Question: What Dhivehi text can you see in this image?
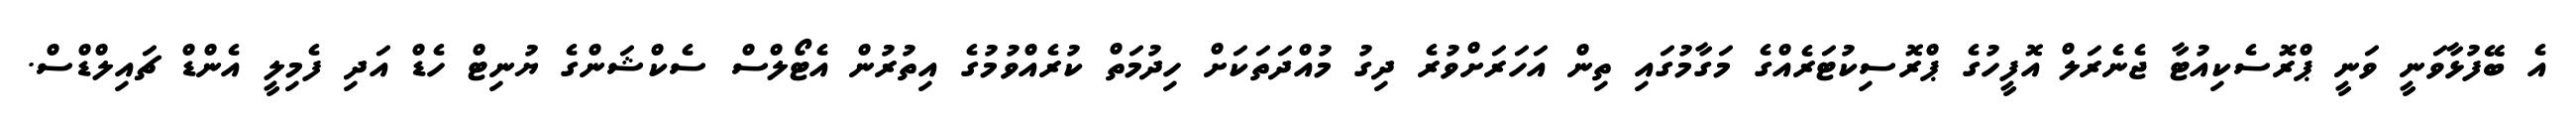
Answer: އެ ބޭފުޅާވަނީ ވަނީ ޕްރޮސެކިއުޓާ ޖެނެރަލް އޮފީހުގެ ޕްރޮސިކުޓަރެއްގެ މަގާމުގައި ތިން އަހަރަށްވުރެ ދިގު މުއްދަތަކަށް ހިދުމަތް ކުރެއްވުމުގެ އިތުރުން އެޓޯލްސް ސެކްޝަންގެ ޔުނިޓް ހެޑް އަދި ފެމިލީ އެންޑް ޗައިލްޑްސް.